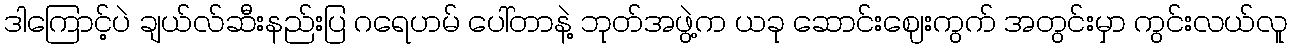
ဒါကြောင့်ပဲ ချယ်လ်ဆီးနည်းပြ ဂရေဟမ် ပေါ်တာနဲ့ ဘုတ်အဖွဲ့က ယခု ဆောင်းဈေးကွက် အတွင်းမှာ ကွင်းလယ်လူ